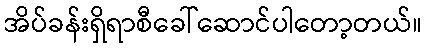
အိပ်ခန်းရှိရာစီခေါ်ဆောင်ပါတော့တယ်။